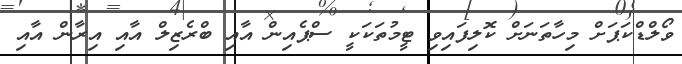
ވޯލްޑްކަޕަށް މިހާތަނަށް ކޮލިފައިވި ޓީމުތަކަކީ ސްޕެއިން އާއި ބްރެޒިލް އާއި އިރާން އާއި